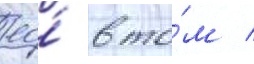
ео́ в то́м /